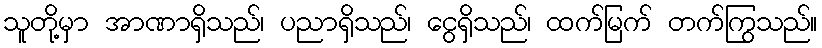
သူတို့မှာ အာဏာရှိသည်၊ ပညာရှိသည်၊ ငွေရှိသည်၊ ထက်မြက် တက်ကြွသည်။